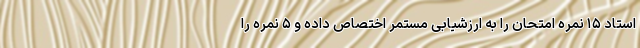
استاد ۱۵ نمره امتحان را به ارزشیابی مستمر اختصاص داده و ۵ نمره را